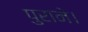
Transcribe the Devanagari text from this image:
पुराने।